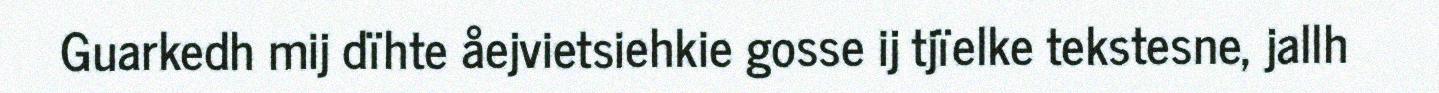
Guarkedh mij dïhte åejvietsiehkie gosse ij tjïelke tekstesne, jallh